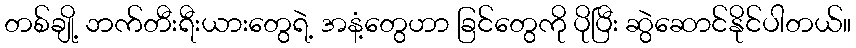
တစ်ချို့ ဘက်တီးရီးယားတွေရဲ့ အနံ့တွေဟာ ခြင်တွေကို ပိုပြီး ဆွဲဆောင်နိုင်ပါတယ်။